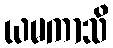
ယမကာသိ